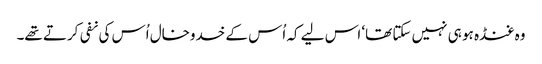
وہ غنڈہ ہو ہی نہیں سکتا تھا‘ اس لیے کہ اُس کے خدوخال اُس کی نفی کرتے تھے۔